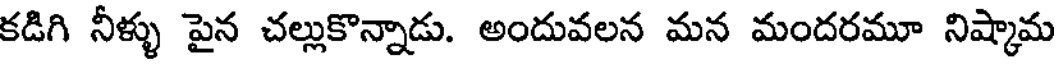
కడిగి నీళ్ళు పైన చల్లుకొన్నాడు. అందువలన మన మందరమూ నిష్కామ